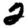
Digit: 2